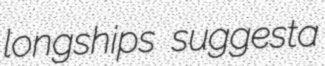
longships suggesta